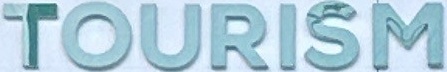
TOURISM